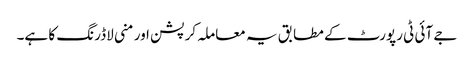
جے آئی ٹی رپورٹ کے مطابق یہ معاملہ کرپشن اور منی لاڈرنگ کا ہے۔